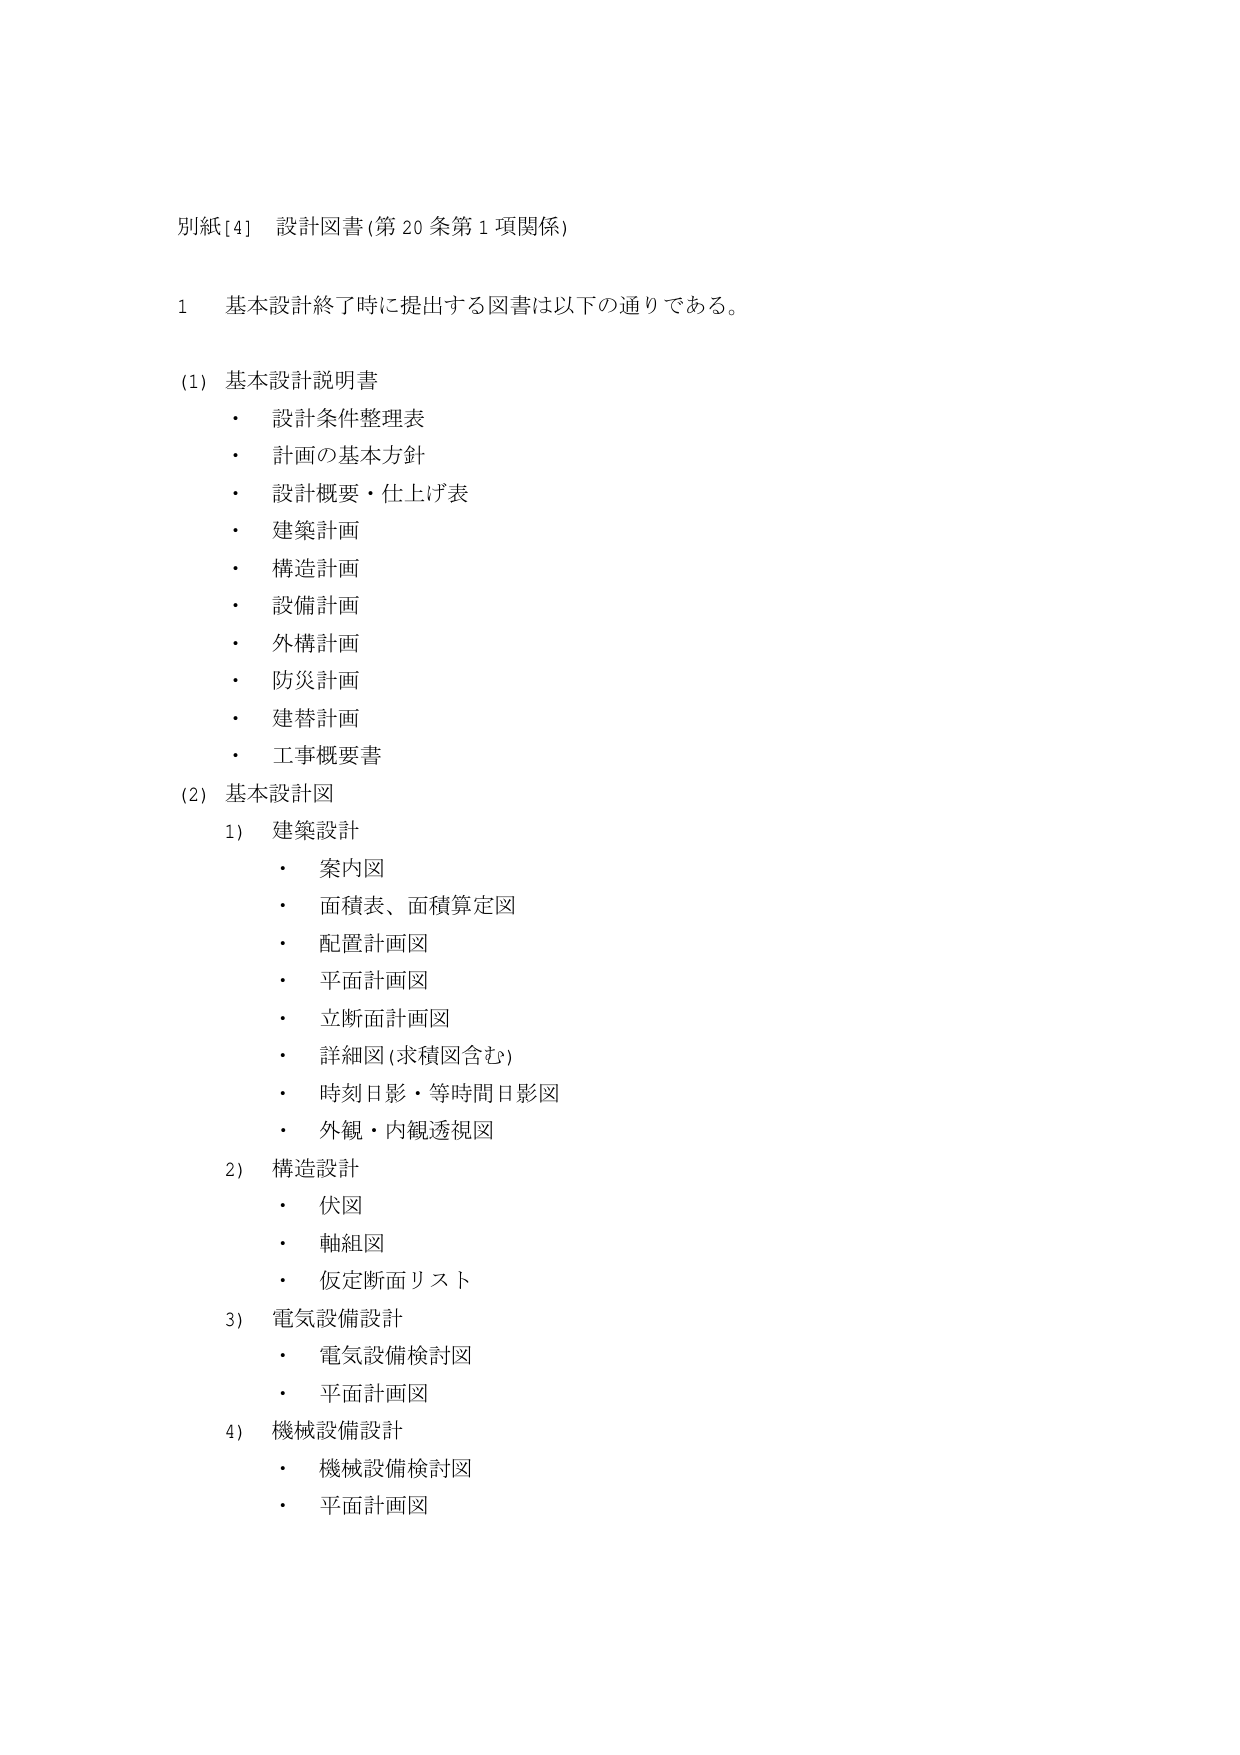
別紙[4] 設計図書(第20条第1項関係)

1 基本設計終了時に提出する図書は以下の通りである。

(1) 基本設計説明書
・ 設計条件整理表
・ 計画の基本方針
・ 設計概要・仕上げ表
・ 建築計画
・ 構造計画
・ 設備計画
・ 外構計画
・ 防災計画
・ 建替計画
・ 工事概要書

(2) 基本設計図
1) 建築設計
・ 案内図
・ 面積表、面積算定図
・ 配置計画図
・ 平面計画図
・ 立断面計画図
・ 詳細図(求積図含む)
・ 時刻日影・等時間日影図
・ 外観・内観透視図

2) 構造設計
・ 伏図
・ 軸組図
・ 仮定断面リスト

3) 電気設備設計
・ 電気設備検討図
・ 平面計画図

4) 機械設備設計
・ 機械設備検討図
・ 平面計画図